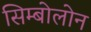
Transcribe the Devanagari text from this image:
सिम्बोलोन